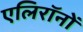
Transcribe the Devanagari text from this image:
एलिरॉनों